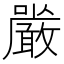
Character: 𭌔